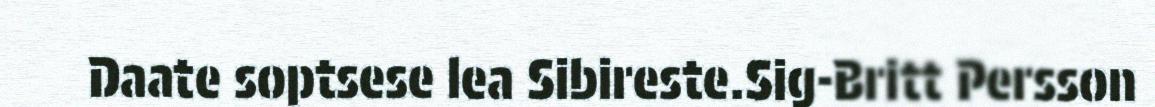
Daate soptsese lea Sibireste.Sig-Britt Persson